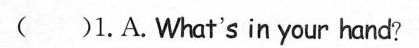
( )1.A .What's in your hand?